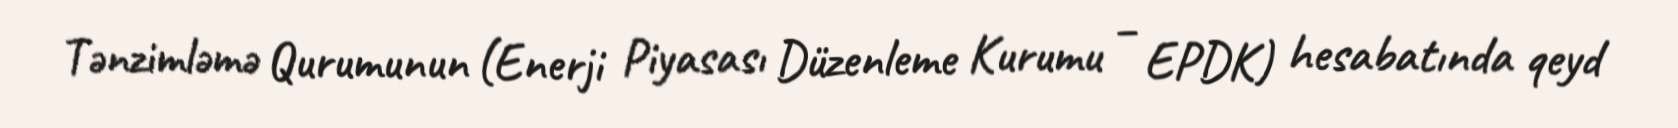
Tənzimləmə Qurumunun (Enerji Piyasası Düzenleme Kurumu – EPDK) hesabatında qeyd